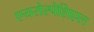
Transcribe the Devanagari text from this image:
एयरोस्पेशिएल